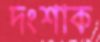
দংশাক